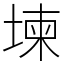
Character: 堜